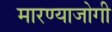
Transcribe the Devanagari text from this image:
मारण्याजोगी